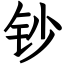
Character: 钞